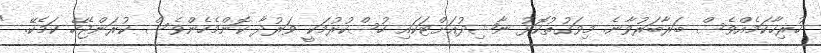
ހުރިހާކަމެއްވެސް ބަރާބަރުވާނެ. މިވަގުތުކޮޅު ނާޝިދުއަށްޓަކައި ހުސްކުރުމަކީ ވަރުދާ ކޮންމެހެންވެސް ކުރަންޖެހޭ ކަމެކޭ. "